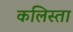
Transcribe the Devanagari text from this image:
कलिस्ता